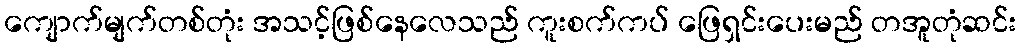
ကျောက်မျက်တစ်တုံး အသင့်ဖြစ်နေလေသည် ကူးစက်ကပ် ဖြေရှင်းပေးမည် တအူတုံဆင်း